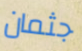
جثمان